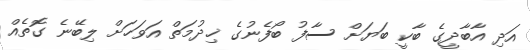
އަދި އާބާދީގެ ބާކީ ބަޔަށް ސާފު ބޯފެނުގެ ޚިދުމަތް އަވަހަށް ލިބޭނެ ގޮތެއް